Indian journal of veterinary science and animal husbandry - Volumes 18-21, 1948-1951
Year: 1948
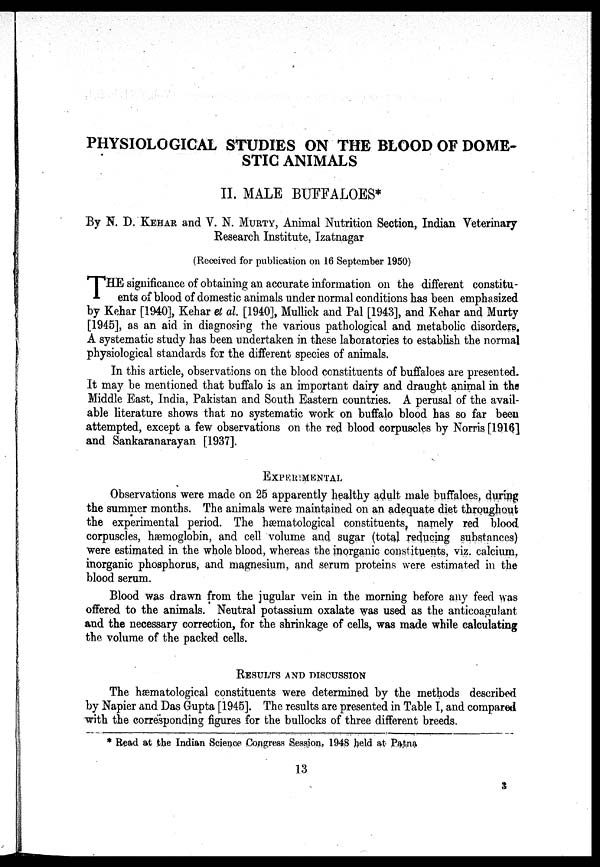
PHYSIOLOGICAL STUDIES ON THE BLOOD OF DOME-
STIC ANIMALS
II. MALE BUFFALOES*
By N. D. KEHAR and V. N. MURTY, Animal Nutrition Section, Indian Veterinary
Research Institute, Izatnagar
(Received for publication on 16 September 1950)
T HE significance of obtaining an accurate information on the different constitu-
ents of blood of domestic animals under normal conditions has been emphasized
by Kehar [1940], Kehar et al. [1940], Mullick and Pal [1943], and Kehar and Murty
[1945], as an aid in diagnosing the various pathological and metabolic disorders.
A systematic study has been undertaken in these laboratories to establish the normal
physiological standards for the different species of animals.
In this article, observations on the blood constituents of buffaloes are presented.
It may be mentioned that buffalo is an important dairy and draught animal in the
Middle East, India, Pakistan and South Eastern countries. A perusal of the avail-
able literature shows that no systematic work on buffalo blood has so far been
attempted, except a few observations on the red blood corpuscles by Norris [1916]
and Sankaranarayan [1937].
EXPERIMENTAL
Observations were made on 25 apparently healthy adult male buffaloes, during
the summer months. The animals were maintained on an adequate diet throughout
the experimental period. The hæmatological constituents, namely red blood
corpuscles, hæmoglobin, and cell volume and sugar (total reducing substances)
were estimated in the whole blood, whereas the inorganic constituents, viz. calcium,
inorganic phosphorus, and magnesium, and serum proteins were estimated in the
blood serum.
Blood was drawn from the jugular vein in the morning before any feed was
offered to the animals. Neutral potassium oxalate was used as the anticoagulant
and the necessary correction, for the shrinkage of cells, was made while calculating
the volume of the packed cells.
RESULTS AND DISCUSSION
The hæmatological constituents were determined by the methods described
by Napier and Das Gupta [1945]. The results are presented in Table I, and compared
with the corresponding figures for the bullocks of three different breeds.
* Read at the Indian Science Congress Session, 1948 held at Patna
13
3